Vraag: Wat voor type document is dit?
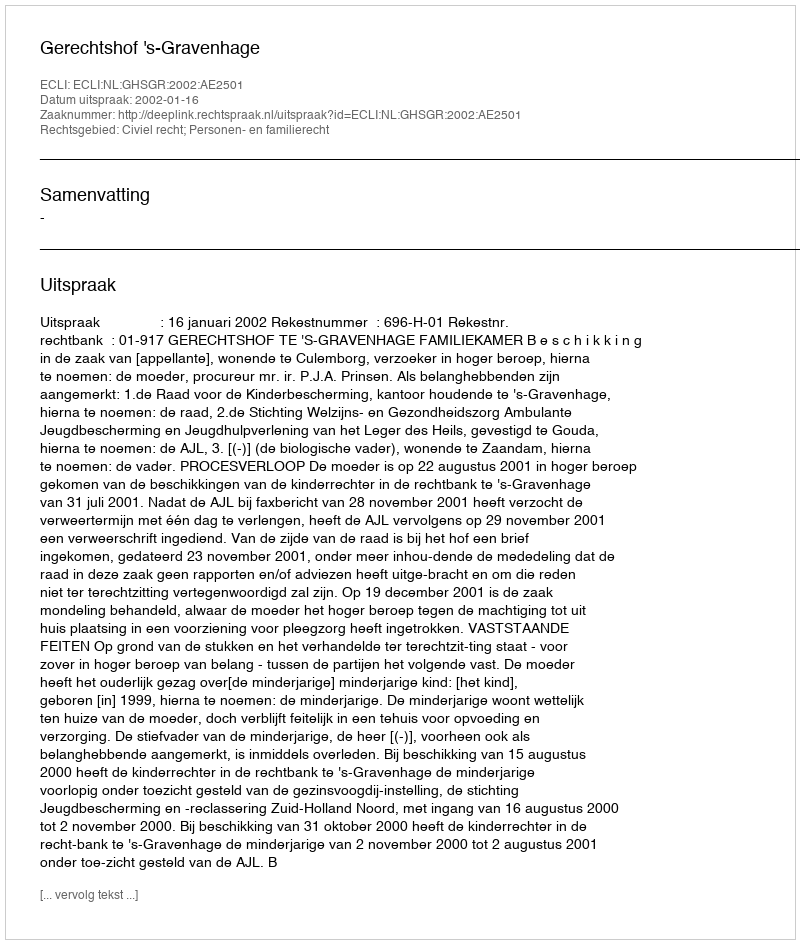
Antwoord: Uitspraak